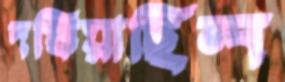
দগ্ধিয়াছিল